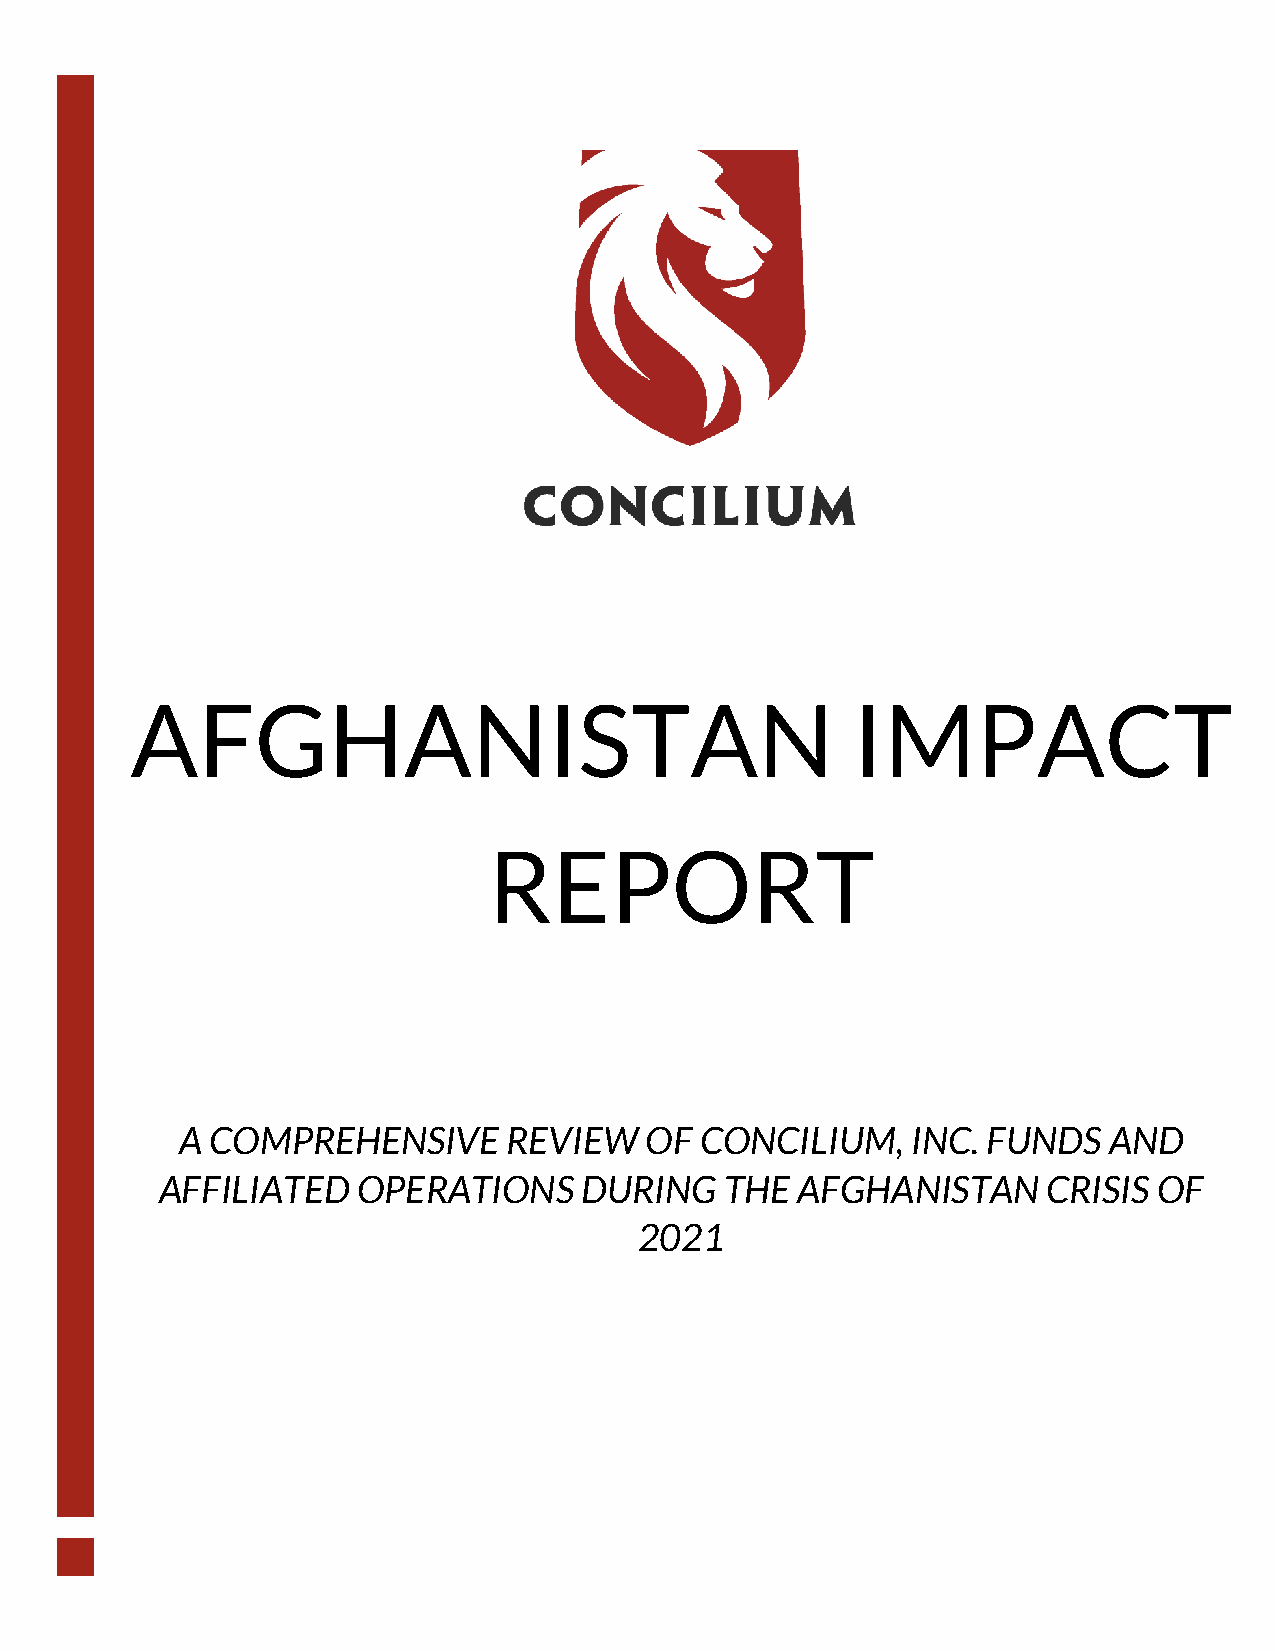
AFGHANISTAN                                    IMPACT
 REPORT
 A COMPREHENSIVE       REVIEW   OF CONCILIUM,    INC. FUNDS   AND
 AFFILIATED   OPERATIONS    DURING    THE  AFGHANISTAN     CRISIS  OF
 2021